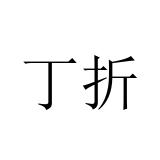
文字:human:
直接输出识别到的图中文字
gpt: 丁折